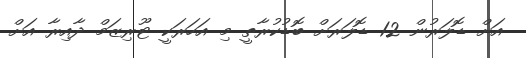
އަށް ޑޮލަރުން 12 ޑޮލަރަށް ބޮޑުކުރާތީ މި އަހަރަކީ ޓޫރިޒަމް ދާއިރާ އަށް